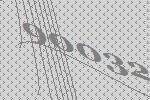
90032